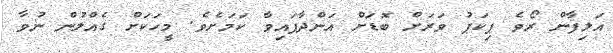
އަލިފާން ރޯވެ ޕިކަޕު ވަރަށް ބޮޑަށް އަންދާފައިވާ ކަމަށެވެ. މީހަކަށް ގެެއްލުން ނުވާ